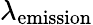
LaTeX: \lambda_{\textrm{emission}}